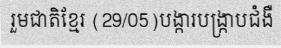
រួមជាតិខ្មែរ (29/05)បង្ការបង្ក្រាបជំងឺ